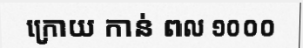
ក្រោយ កាន់ ពល ១០០០